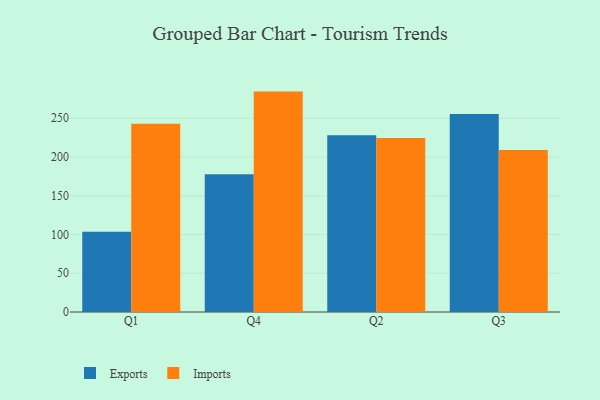
{"axis": {"x": "Quarter", "y": "Backlog"}, "legend": ["Exports", "Imports"], "data": [{"x": "Q1", "y": 103.6, "type": "Exports"}, {"x": "Q1", "y": 243.0, "type": "Imports"}, {"x": "Q4", "y": 177.9, "type": "Exports"}, {"x": "Q4", "y": 284.4, "type": "Imports"}, {"x": "Q2", "y": 228.1, "type": "Exports"}, {"x": "Q2", "y": 224.4, "type": "Imports"}, {"x": "Q3", "y": 255.6, "type": "Exports"}, {"x": "Q3", "y": 209.1, "type": "Imports"}]}